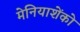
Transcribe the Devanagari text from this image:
मेनियाशेंको